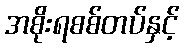
အစိုးရစစ်တပ်နှင့်